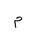
Letter: _mim